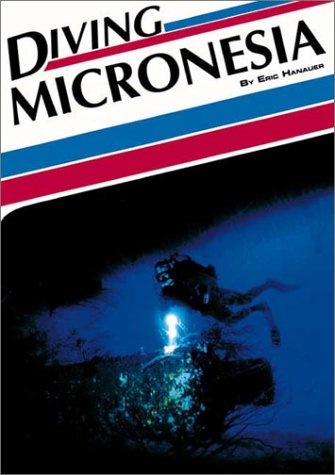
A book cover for Diving Micronesia (Aqua Quest Diving Series); Eric Hanauer; Travel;